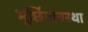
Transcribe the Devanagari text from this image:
मूर्छितावस्था